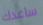
ساعدك